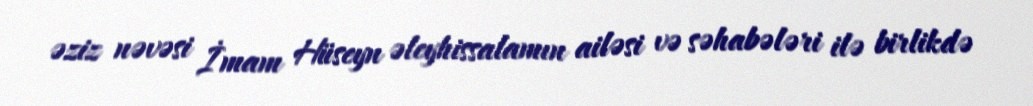
əziz nəvəsi İmam Hüseyn əleyhissalamın ailəsi və səhabələri ilə birlikdə